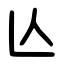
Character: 亾